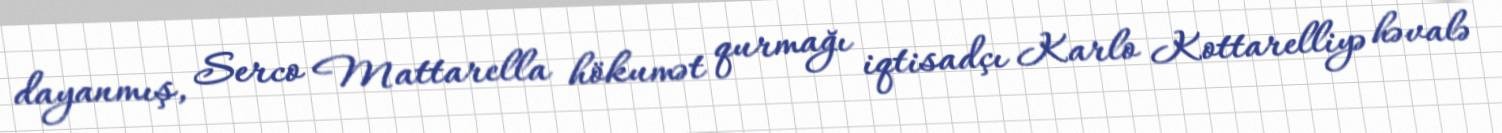
dayanmış, Serco Mattarella hökumət qurmağı iqtisadçı Karlo Kottarelliyə həvalə